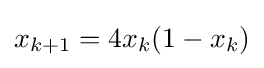
x_{k+1}=4x_{k}(1-x_{k})